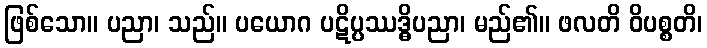
ဖြစ်သော။ ပညာ၊ သည်။ ပယောဂ ပဋိပ္ပဿဒ္ဓိပညာ၊ မည်၏။ ဖလတိ ဝိပစ္စတိ၊